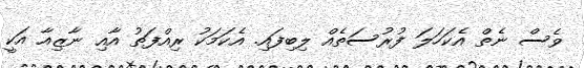
ވެސް ނެތް އެކަހަލަ ފުރުސަތެއް ލިބިފައި. އެކަމަކު ރިއްފަތު އާއި ނާޒިއާ އަކީ